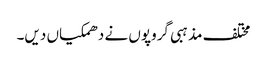
مختلف مذہبی گروپوں نے دھمکیاں دیں۔